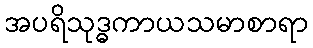
အပရိသုဒ္ဓကာယသမာစာရာ